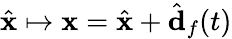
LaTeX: \hat{\mathbf{x}}\mapsto\mathbf{x}=\hat{\mathbf{x}}+\hat{\mathbf{d}}_{f}(t)